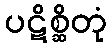
ပဋိစ္ဆိတုံ